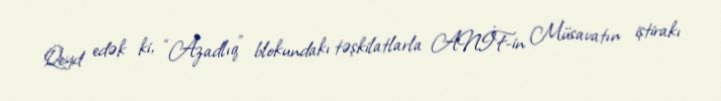
Qeyd edək ki, “Azadlıq” blokundakı təşkilatlarla ANİF-in Müsavatın iştirakı